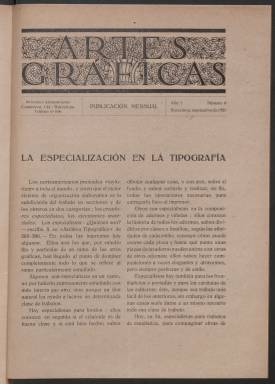
Título: Artes gráficas (Barcelona)
Colección: Artes gráficas
Ámbito geográfico: Barcelona
Lugar de publicación: Barcelona
Fechas: 01/09/1921-30/09/1921